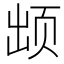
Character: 𱂢